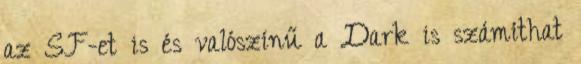
az SF-et is és valószínű a Dark is számíthat